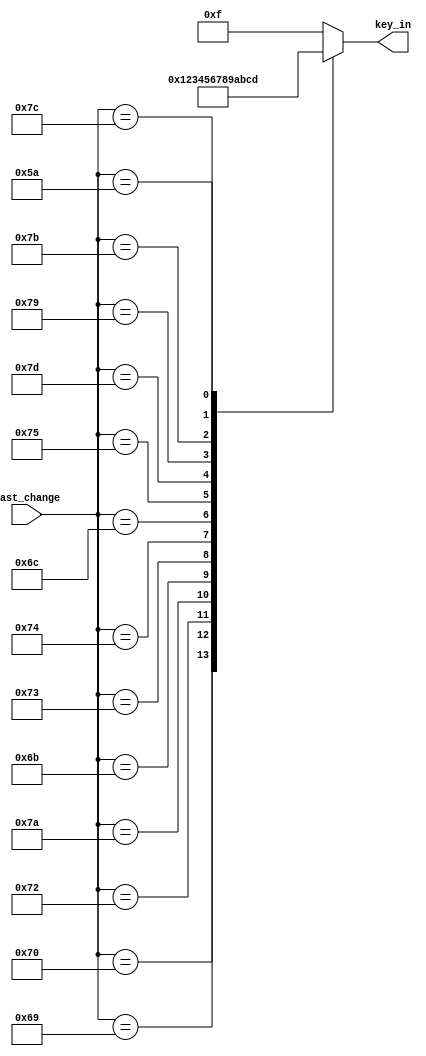
`timescale 1ns / 1ps
//////////////////////////////////////////////////////////////////////////////////
// Company: 
// Engineer: 
// 
// Design Name: 
// Module Name: pb_decoder
// Project Name: 
// Target Devices: 
// Tool Versions: 
// Description: 
// 
// Dependencies: 
// 
// Revision:
// Revision 0.01 - File Created
// Additional Comments:
// 
//////////////////////////////////////////////////////////////////////////////////


module pb_decoder(
    input [8:0]last_change,
    output reg [3:0]key_in
    );
    
    always @*
        case (last_change)
            9'h70: key_in = 4'd0;
            9'h69: key_in = 4'd1;
            9'h72: key_in = 4'd2;
            9'h7A: key_in = 4'd3;
            9'h6B: key_in = 4'd4;
            9'h73: key_in = 4'd5;
            9'h74: key_in = 4'd6;
            9'h6C: key_in = 4'd7;
            9'h75: key_in = 4'd8;
            9'h7D: key_in = 4'd9;
            9'h79: key_in = 4'd10;  // +
            9'h7B: key_in = 4'd11;  // -
            9'h7C: key_in = 4'd12;  // *
            9'h5A: key_in = 4'd13;  // Enter
            default : key_in = 4'd15;
        endcase
                
endmodule